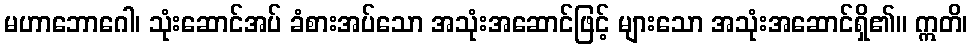
မဟာဘောဂေါ၊ သုံးဆောင်အပ် ခံစားအပ်သော အသုံးအဆောင်ဖြင့် များသော အသုံးအဆောင်ရှိ၏။ ဣတိ၊